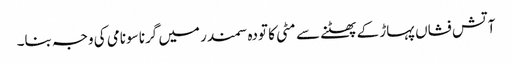
آتش فشاں پہاڑ کے پھٹنے سے مٹی کا تودہ سمندر میں گرنا سونامی کی وجہ بنا۔